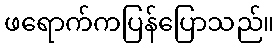
ဖရောက်ကပြန်ပြောသည်။